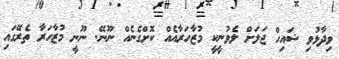
ވިދާޅުވި ޝައިހް ޖަލަށް ލެވުނީކީ މުޒާހަރާއެއް ކޮށްގެނެއް ނޫނޭ. ނޫނީ މުޒާހަރާ ތެރޭގައި